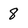
Character: 8